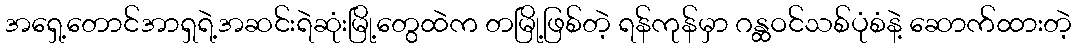
အရှေ့တောင်အာရှရဲ့အဆင်းရဲဆုံးမြို့တွေထဲက တမြို့ဖြစ်တဲ့ ရန်ကုန်မှာ ဂန္ထဝင်သစ်ပုံစံနဲ့ ဆောက်ထားတဲ့